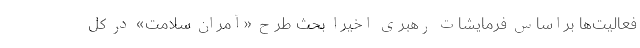
فعالیت‌ها براساس فرمایشات رهبری اخیراً بحث طرح «آمران سلامت» در کل